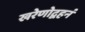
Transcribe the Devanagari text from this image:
खरेणोद्वहनं